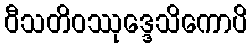
ဝီသတိဝဿုဒ္ဒေသိကောပိ